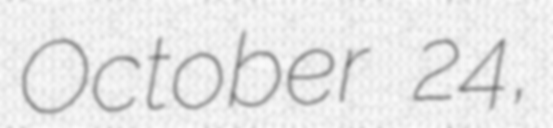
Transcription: October 24,